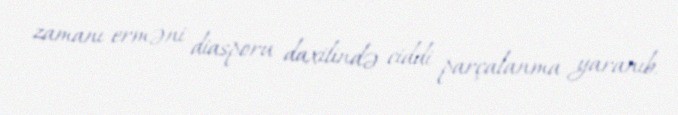
zamanı erməni diasporu daxilində ciddi parçalanma yaranıb.